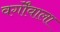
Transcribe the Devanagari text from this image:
वर्गोंवाला